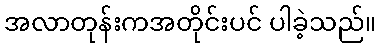
အလာတုန်းကအတိုင်းပင် ပါခဲ့သည်။